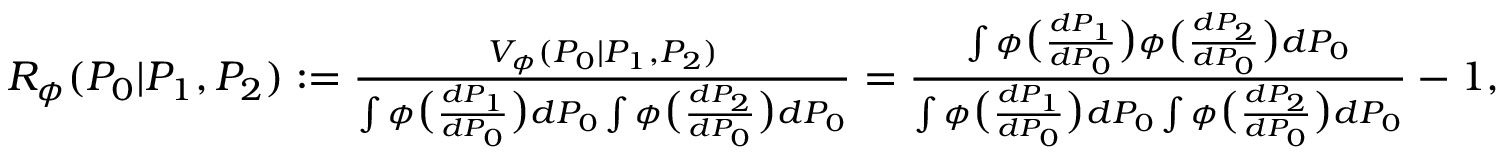
\begin{array} { r } { { R _ { \phi } } ( P _ { 0 } | P _ { 1 } , P _ { 2 } ) : = \frac { { V _ { \phi } } ( P _ { 0 } | P _ { 1 } , P _ { 2 } ) } { \int \phi \big ( \frac { d P _ { 1 } } { d P _ { 0 } } \big ) d P _ { 0 } \int \phi \big ( \frac { d P _ { 2 } } { d P _ { 0 } } \big ) d P _ { 0 } } = \frac { \int \phi \big ( \frac { d P _ { 1 } } { d P _ { 0 } } \big ) \phi \big ( \frac { d P _ { 2 } } { d P _ { 0 } } \big ) d P _ { 0 } } { \int \phi \big ( \frac { d P _ { 1 } } { d P _ { 0 } } \big ) d P _ { 0 } \int \phi \big ( \frac { d P _ { 2 } } { d P _ { 0 } } \big ) d P _ { 0 } } - 1 , } \end{array}